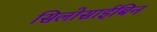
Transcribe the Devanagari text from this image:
सिलोसाईबिन